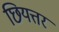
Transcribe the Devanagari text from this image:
छियत्तर